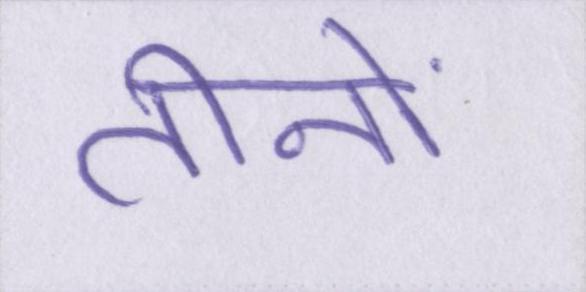
तीनों